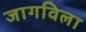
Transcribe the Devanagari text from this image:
जागविला